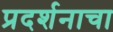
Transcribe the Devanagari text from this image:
प्रदर्शनाचा